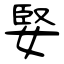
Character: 婜